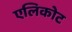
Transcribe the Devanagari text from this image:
एलिकोट